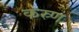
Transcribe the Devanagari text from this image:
कस्र्ण